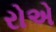
રોએ